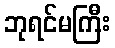
ဘုရင်မကြီး